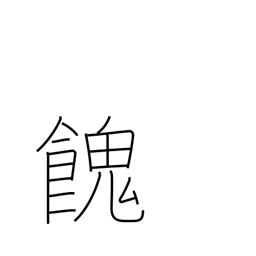
Meaning: provide